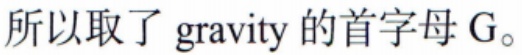
所以取了 gravity 的首字母 G。